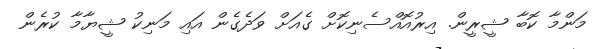
މަންމާ ކޮބާ ޝީރީން. އިރުއޮއްސެނިކޮށް ގެއަށް ވަދެގެން އައި މަނިކު ޝީޔާމާ ކުރެން